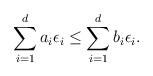
LaTeX: \begin{align*} \sum_{i=1}^d a_i \epsilon_i \le \sum_{i=1}^d b_i \epsilon_i.\end{align*}